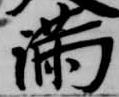
満